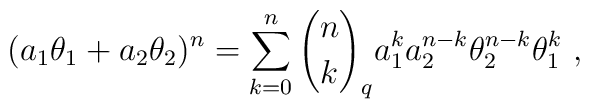
(a_{1}\theta_{1}+a_{2}\theta_{2})^{n}=\sum_{k=0}^{n}{n\choose k}_{q}	 a^{k}_{1} a^{n-k}_{2}\theta^{n-k}_{2}\theta^{k}_{1}\ ,